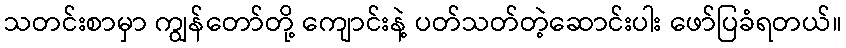
သတင်းစာမှာ ကျွန်တော်တို့ ကျောင်းနဲ့ ပတ်သတ်တဲ့ဆောင်းပါး ဖော်ပြခံရတယ်။